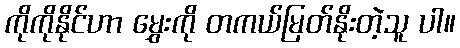
ကိုကိုနိုင်ဟာ မွှေးကို တကယ်မြတ်နိုးတဲ့သူ ပါ။